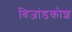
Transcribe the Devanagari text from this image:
बिजांडकोश